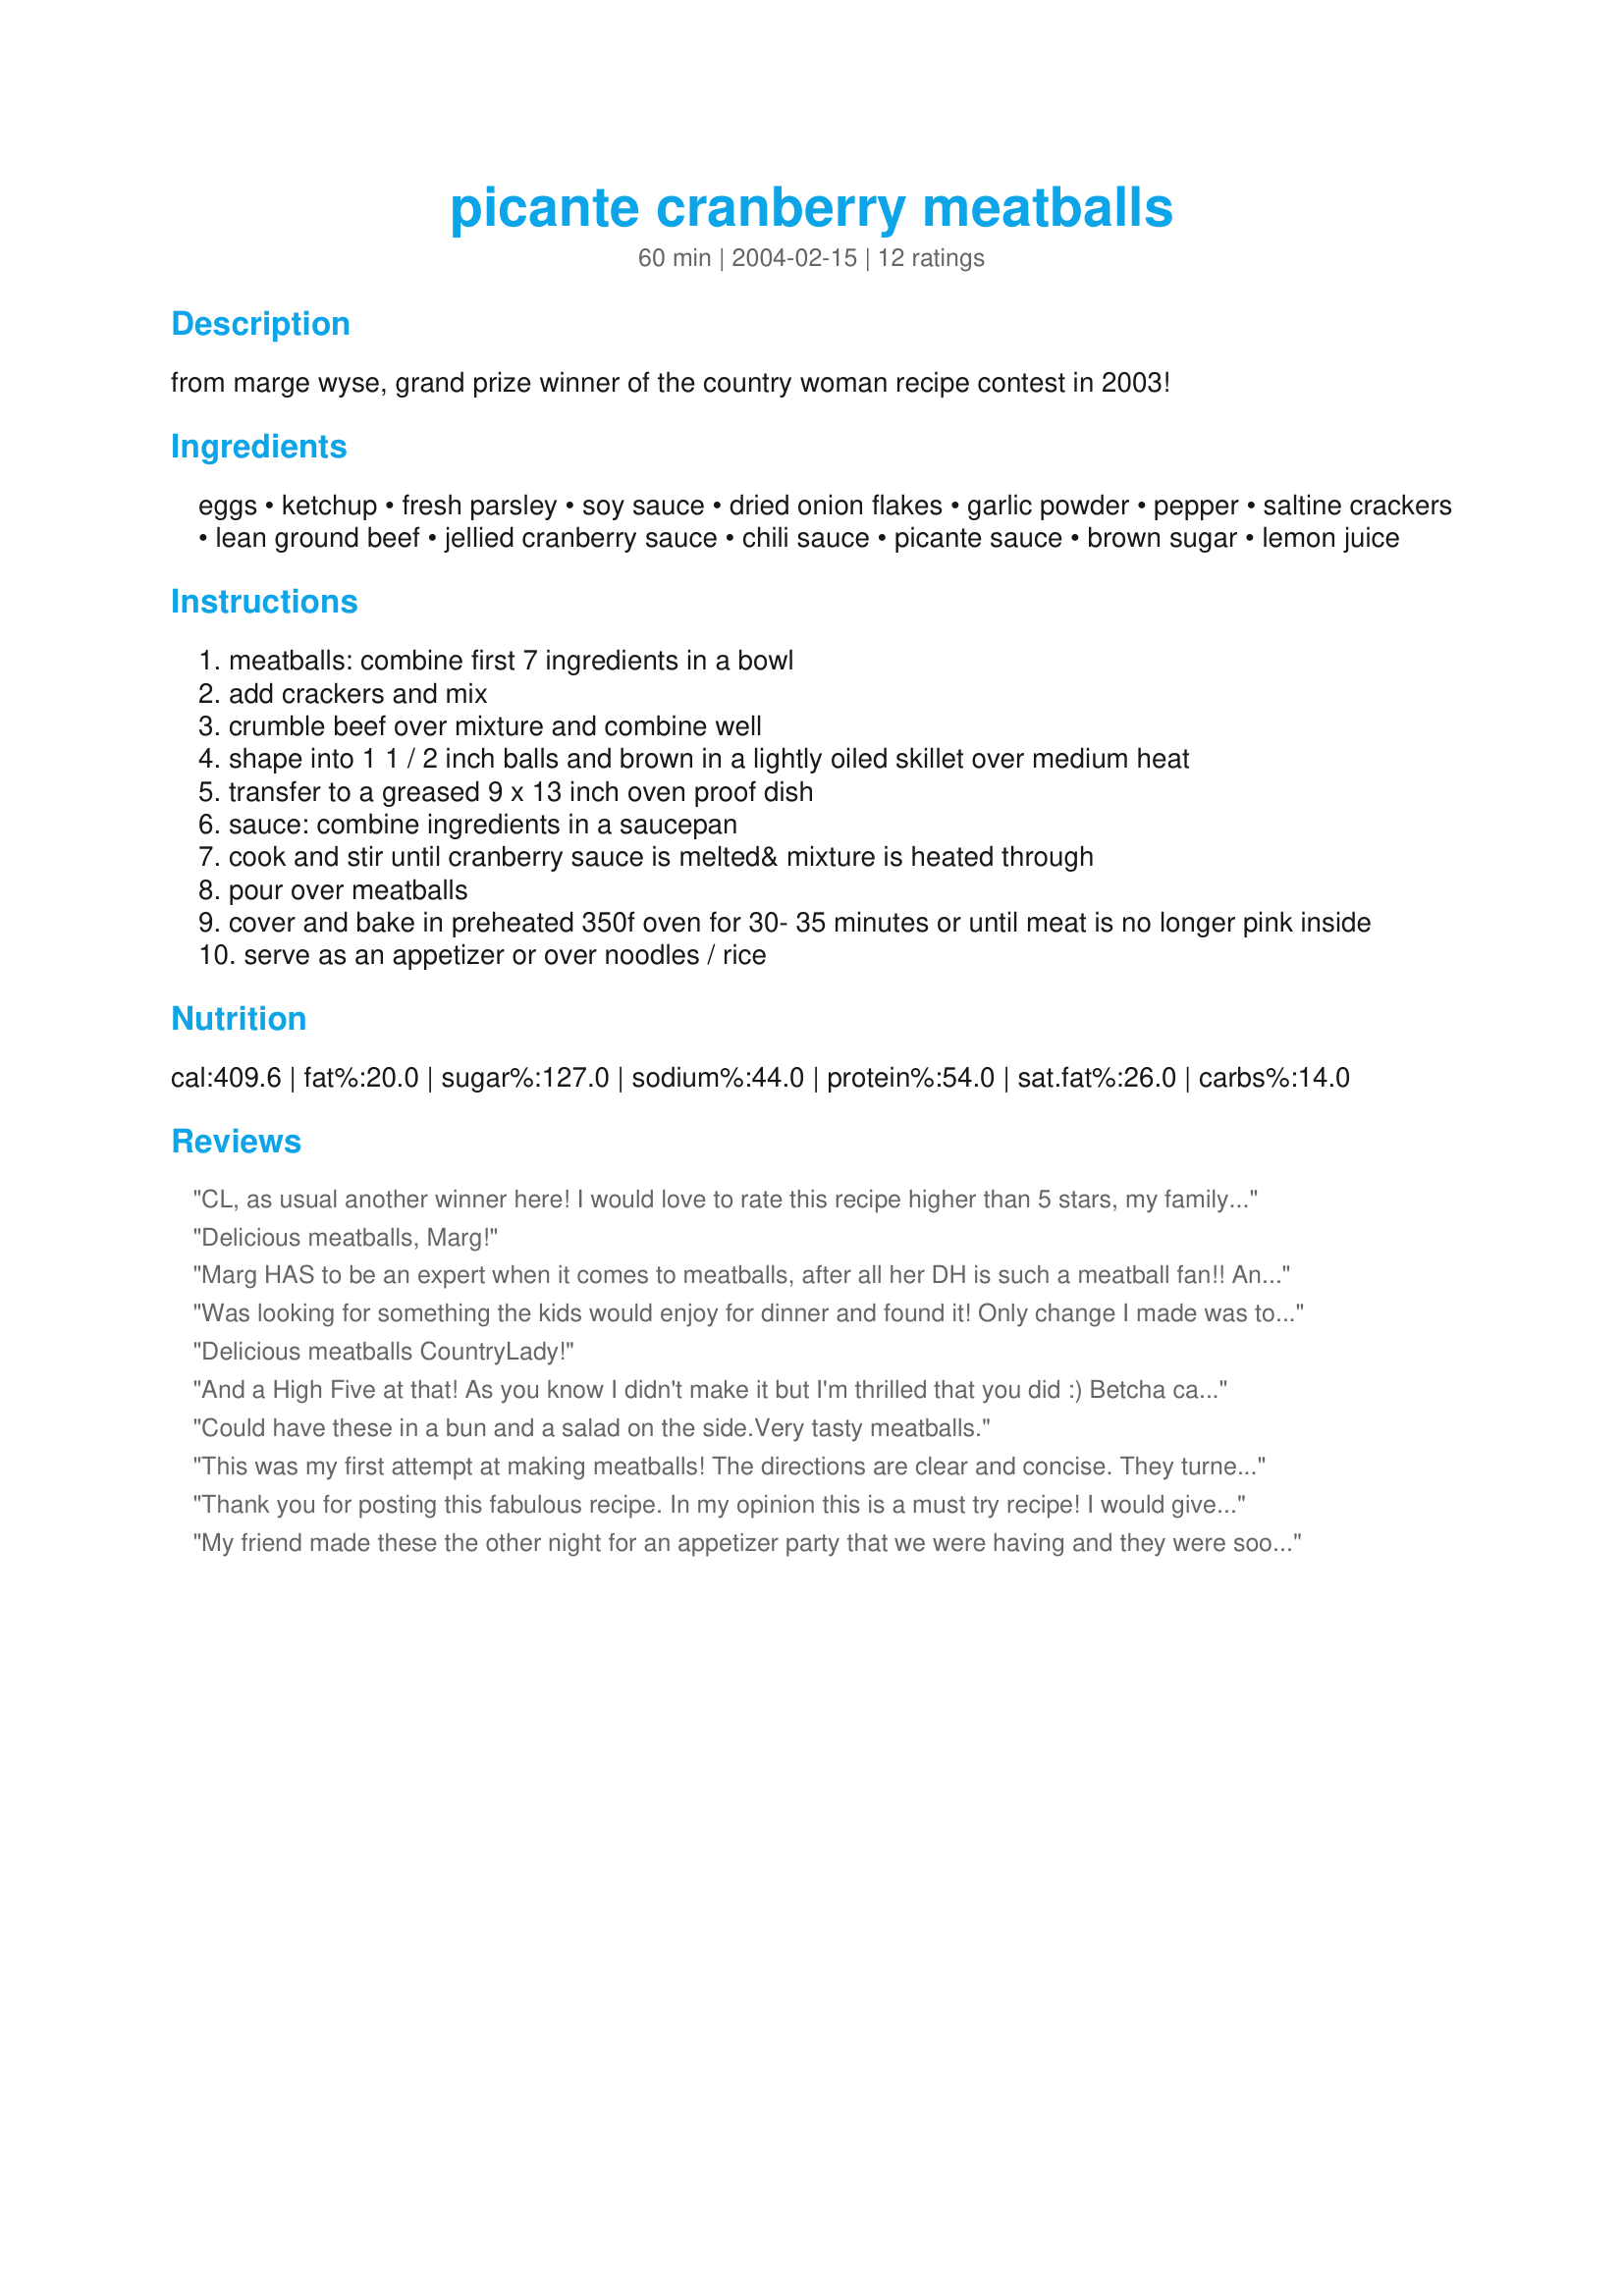
picante cranberry meatballs
Preparation time: 60 minutes

from marge wyse, grand prize winner of the country woman recipe contest in 2003!

Ingredients:
eggs, ketchup, fresh parsley, soy sauce, dried onion flakes, garlic powder, pepper, saltine crackers, lean ground beef, jellied cranberry sauce, chili sauce, picante sauce, brown sugar, lemon juice

Steps:
meatballs: combine first 7 ingredients in a bowl
add crackers and mix
crumble beef over mixture and combine well
shape into 1 1 / 2 inch balls and brown in a lightly oiled skillet over medium heat
transfer to a greased 9 x 13 inch oven proof dish
sauce: combine ingredients in a saucepan
cook and stir until cranberry sauce is melted& mixture is heated through
pour over meatballs
cover and bake in preheated 350f oven for 30- 35 minutes or until meat is no longer pink inside
serve as an appetizer or over noodles / rice

Reviews:
CL, as usual another winner here! I would love to rate this recipe higher than 5 stars, my family raved about it! The meatballs were wonderful, I added fresh galic in place of the garlic powder, and also added some seasoning salt. I doubled the sauce recipe, it certainly has a kick to it, its so delicious! I did not double the meatball recipe, I found that I had plenty of meatballs to feed five people. This is a very simple recipe to put together and very big on taste, we just loved it! This is a recipe I will make over and over again! CL, thanks for sharing another winner...Kitten:)
Delicious meatballs, Marg!
Marg HAS to be an expert when it comes to meatballs, after all her DH is such a meatball fan!! And these were certainly no let down, THanks Marg
Was looking for something the kids would enjoy for dinner and found it! Only change I made was to use whole wheat bread crumbs instead of saltines. Thanks for sharing the recipe!
Delicious meatballs CountryLady!
And a High Five at that!
As you know I didn't make it but I'm thrilled that you did :) Betcha can't eat just one...or two...or... Seriously folks you have to make these - they were wonderful and DH has asked 3 times in 4 days "so when are you going to learn to make them". I also love that they are baked not fried. Thanks CL!!!
Could have these in a bun and a salad on the side.Very tasty meatballs.
This was my first attempt at making meatballs! The directions are clear and concise. They turned out perfectly. I made the meatballs ahead of time and froze them. Tonight, I thawed them out, browned them, made the sauce and popped them in the oven! DH and I both thought they were delicious. I served them with garlic herb rice pilaf and asparagus! My goal is to make several batches of these and keep them in the freezer for easy delicious meal! These go in my more than 5* cookbook! Thanks CountryLady!
Thank you for posting this fabulous recipe. In my opinion this is a must try recipe! I would give it more than 5 stars if possible. The only change I made was to added more crushed crackers to help the meatballs hold their shape. I will be making this recipe often. (I like Kittencals idea of doubling the sauce - there was enough sauce in the recipe, but feel it would be even better with a little more because it was soooo good.)
My friend made these the other night for an appetizer party that we were having and they were soooo delicious! She said they were quite easy to make and I know for myself that both the sauce AND the meat had wonderful flavor. Thanks for posting this recipe so we could try it!
I did notmakethisdish, but Country Lady didand served at an Zaar appy party. Yummy
I thought the salsa overpowered the other flavors a bit for me.
